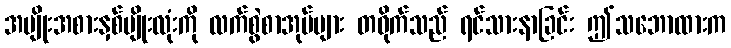
အမျိုးအစားနှစ်မျိုးလုံးကို လက်စွဲစာအုပ်များ တဝိုက်သည် ရင်သားနာခြင်း ဤသဘောထားက